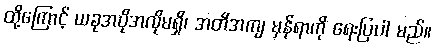
ထို့ကြောင့် ယခုအပိုအလိုမရှိ၊ အတိအကျ မှန်ရာကို ရေးပြပါ မည်။